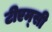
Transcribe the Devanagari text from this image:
टीएम्‌सी